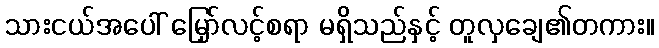
သားငယ်အပေါ် မြှော်လင့်စရာ မရှိသည်နှင့် တူလှချေ၏တကား။